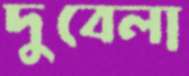
দুবেলা